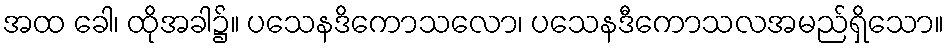
အထ ခေါ၊ ထိုအခါ၌။ ပသေနဒိကောသလော၊ ပသေနဒီကောသလအမည်ရှိသော။